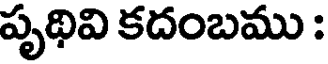
పృథివి కదంబము :